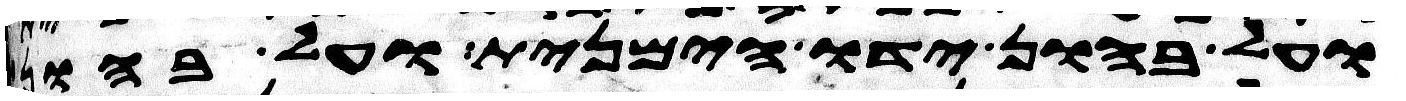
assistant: ועל בהון ידו הימנית ועל בהון